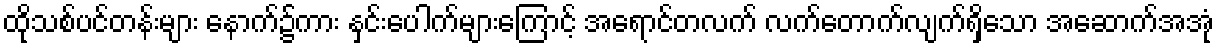
ထိုသစ်ပင်တန်းများ နောက်၌ကား နှင်းပေါက်များကြောင့် အရောင်တလက် လက်တောက်လျက်ရှိသော အဆောက်အအုံ